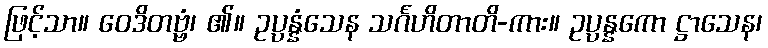
ဖြင့်သာ။ ဝေဒိတဗ္ဗံ၊ ၏။ ဥပ္ပန္နံသေန သင်္ဂဟိတာတိ-ကား။ ဥပ္ပန္နကော ဋ္ဌာသေန၊